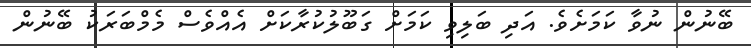
ބޭނުން ނުވާ ކަމަށެވެ. އަދި ބަލިވި ކަމަށް ގަބޫލުކުރާކަށް އެއްވެސް މެމްބަރަކު ބޭނުން